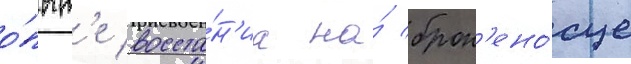
о́пыт'е восста́н'иа на́ брон'ено́сце